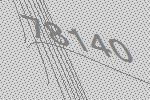
78140